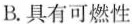
B.具有可燃性